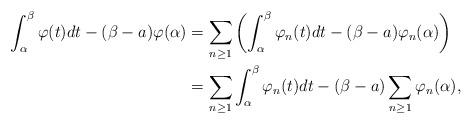
LaTeX: \begin{align*}\int_{\alpha}^{\beta}\varphi(t)dt-(\beta-a)\varphi(\alpha) & =\sum_{n\geq1}\left( \int_{\alpha}^{\beta}\varphi_{n}(t)dt-(\beta-a)\varphi_{n}(\alpha)\right) \\& =\sum_{n\geq1}\int_{\alpha}^{\beta}\varphi_{n}(t)dt-(\beta-a)\sum_{n\geq1}\varphi_{n}(\alpha),\end{align*}